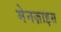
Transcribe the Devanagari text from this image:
मेनज़ाइस